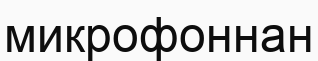
микрофоннан